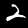
Digit: 2